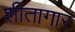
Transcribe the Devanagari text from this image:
शीतागार